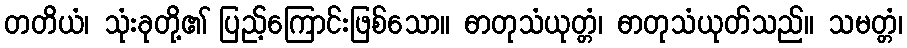
တတိယံ၊ သုံးခုတို့၏ ပြည့်ကြောင်းဖြစ်သော။ ဓာတုသံယုတ္တံ၊ ဓာတုသံယုတ်သည်။ သမတ္တံ၊